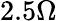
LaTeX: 2.5\Omega